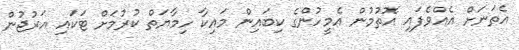
އެތަނަށް އެއްވެފައި އޮތުމުން އެމީހުންގެ ކިބައިން މައިކާ ހިމާޔަތް ކުރުމަށް ޓަކައި އަރުޖުން